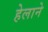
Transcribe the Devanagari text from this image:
हेलाने